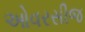
ઓવરસીજ